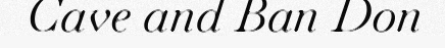
Cave and Ban Don